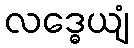
လဒ္ဓေယျံ